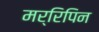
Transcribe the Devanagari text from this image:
मर्रिपिन